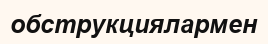
обструкциялармен